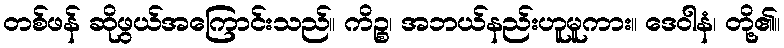
တစ်ဖန် ဆိုဖွယ်အကြောင်းသည်။ ကိဉ္စ၊ အဘယ်နည်းဟူမူကား။ ဒေဝါနံ၊ တို့၏။